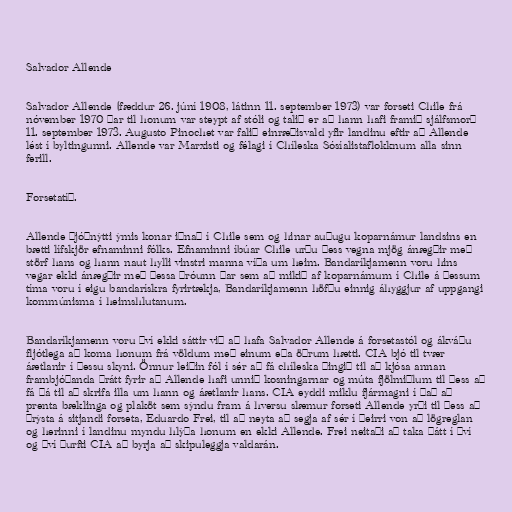
Salvador Allende

Salvador Allende (fæddur 26. júní 1908, látinn 11. september 1973) var forseti Chile frá
nóvember 1970 þar til honum var steypt af stóli og talið er að hann hafi framið sjálfsmorð
11. september 1973. Augusto Pinochet var falið einræðisvald yfir landinu eftir að Allende
lést í byltingunni. Allende var Marxisti og félagi í Chíleska Sósíalistaflokknum alla sinn
ferill.

Forsetatíð.

Allende þjóðnýtti ýmis konar iðnað í Chile sem og hinar auðugu koparnámur landsins en
bætti lífskjör efnaminni fólks. Efnaminni íbúar Chile urðu þess vegna mjög ánægðir með
störf hans og hann naut hylli vinstri manna víða um heim. Bandaríkjamenn voru hins
vegar ekki ánægðir með þessa þróunn þar sem að mikið af koparnámum í Chile á þessum
tíma voru í eigu bandarískra fyrirtækja, Bandaríkjamenn höfðu einnig áhyggjur af uppgangi
kommúnisma í heimshlutanum.

Bandaríkjamenn voru því ekki sáttir við að hafa Salvador Allende á forsetastól og ákváðu
fljótlega að koma honum frá völdum með einum eða öðrum hætti. CIA bjó til tvær
áætlanir í þessu skyni. Önnur leiðin fól í sér að fá chíleska þingið til að kjósa annan
frambjóðanda þrátt fyrir að Allende hafi unnið kosningarnar og múta fjölmiðlum til þess að
fá þá til að skrifa illa um hann og áætlanir hans. CIA eyddi miklu fjármagni í það að
prenta bæklinga og plaköt sem sýndu fram á hversu slæmur forseti Allende yrði til þess að
þrýsta á sitjandi forseta, Eduardo Frei, til að neyta að segja af sér í þeirri von að lögreglan
og herinni í landinu myndu hlýða honum en ekki Allende. Frei neitaði að taka þátt í því
og því þurfti CIA að byrja að skipuleggja valdarán.